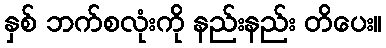
နှစ် ဘက်စလုံးကို နည်းနည်း တိပေး။